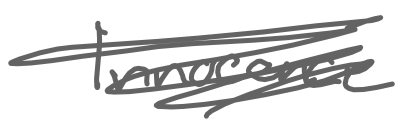
Text: Innocence
Cross-out: scratch
Writing tool: digital_gray